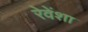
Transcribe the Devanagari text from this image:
रेवेंशा